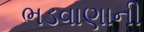
ભડવાણાની